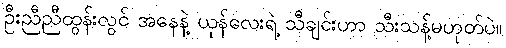
ဦးညီညီထွန်းလွင် အနေနဲ့ ယုန်လေးရဲ့ သီချင်းဟာ သီးသန့်မဟုတ်ပဲ။